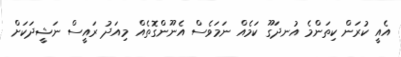
އެއީ ކުރަން ކިތަންމެ އުނދަގޫ ކަމެއް ނަމަވެސް އެނޫންގޮތެއް މިއަދު ރައީސް ނަޝީދަކަށް